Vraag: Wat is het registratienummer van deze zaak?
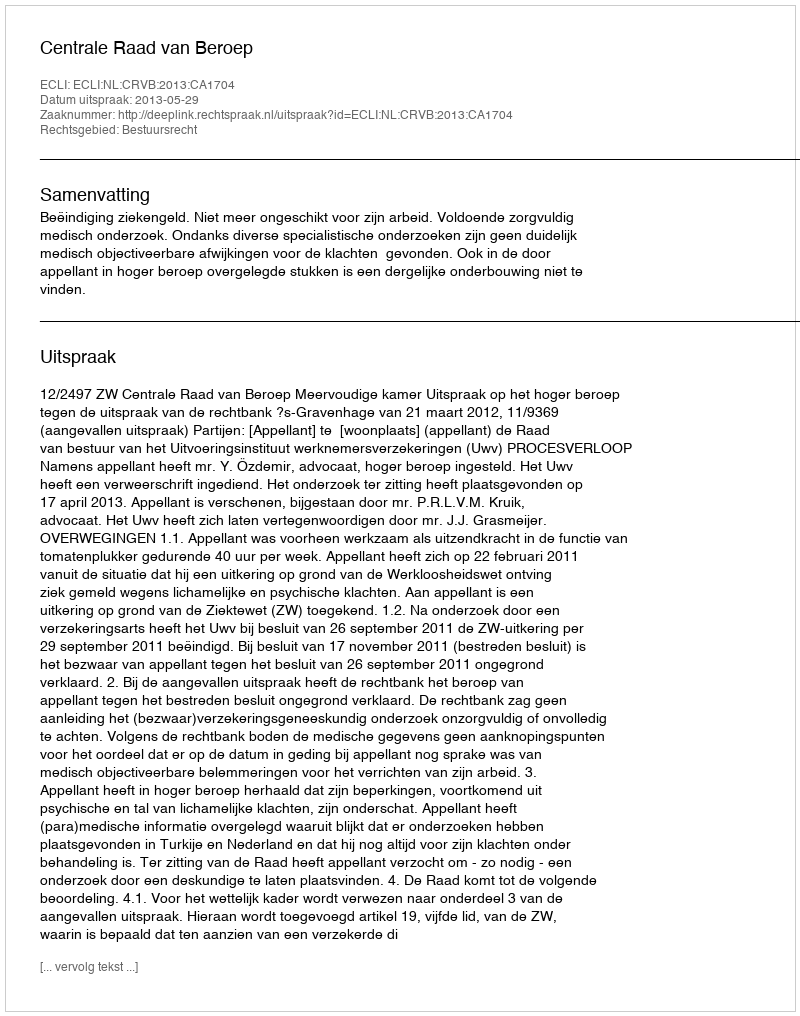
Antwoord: http://deeplink.rechtspraak.nl/uitspraak?id=ECLI:NL:CRVB:2013:CA1704